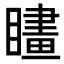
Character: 𥊮